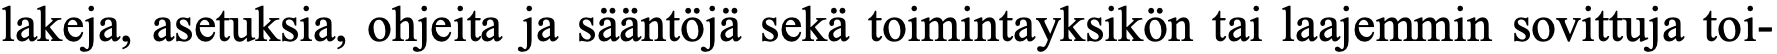
lakeja, asetuksia, ohjeita ja sääntöjä sekä toimintayksikön tai laajemmin sovittuja toi-